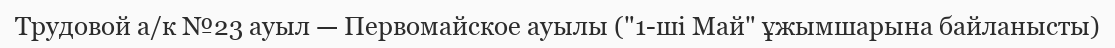
Трудовой а/к №23 ауыл — Первомайское ауылы ("1-ші Май" ұжымшарына байланысты)